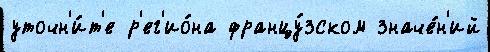
уточн'и́т'е р'ег'ио́на францу́зском значе́н'ий